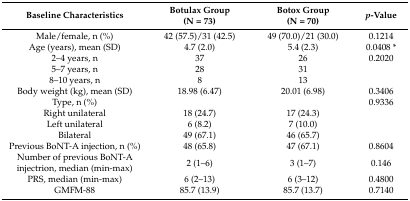
<table><thead><tr><td><b>Baseline Characteristics</b></td><td><b>Botulax Group(N = 73)</b></td><td><b>Botox Group(N = 70)</b></td><td><b><i>p</i>-Value</b></td></tr></thead><tbody><tr><td>Male/female, n (%)</td><td>42 (57.5)/31 (42.5)</td><td>49 (70.0)/21 (30.0)</td><td>0.1214</td></tr><tr><td>Age (years), mean (SD)</td><td>4.7 (2.0)</td><td>5.4 (2.3)</td><td>0.0408 *</td></tr><tr><td>2–4 years, n</td><td>37</td><td>26</td><td>0.2020</td></tr><tr><td>5–7 years, n</td><td>28</td><td>31</td><td></td></tr><tr><td>8–10 years, n</td><td>8</td><td>13</td><td></td></tr><tr><td>Body weight (kg), mean (SD)</td><td>18.98 (6.47)</td><td>20.01 (6.98)</td><td>0.3406</td></tr><tr><td>Type, n (%)</td><td></td><td></td><td>0.9336</td></tr><tr><td>Right unilateral</td><td>18 (24.7)</td><td>17 (24.3)</td><td></td></tr><tr><td>Left unilateral</td><td>6 (8.2)</td><td>7 (10.0)</td><td></td></tr><tr><td>Bilateral</td><td>49 (67.1)</td><td>46 (65.7)</td><td></td></tr><tr><td>Previous BoNT-A injection, n (%)</td><td>48 (65.8)</td><td>47 (67.1)</td><td>0.8604</td></tr><tr><td>Number of previous BoNT-A injectrion, median (min-max)</td><td>2 (1–6)</td><td>3 (1–7)</td><td>0.146</td></tr><tr><td>PRS, median (min-max)</td><td>6 (2–13)</td><td>6 (3–12)</td><td>0.4800</td></tr><tr><td>GMFM-88</td><td>85.7 (13.9)</td><td>85.7 (13.7)</td><td>0.7140</td></tr></tbody></table>